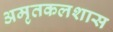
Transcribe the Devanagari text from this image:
अमृतकलशास